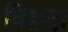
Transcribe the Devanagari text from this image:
निहादा